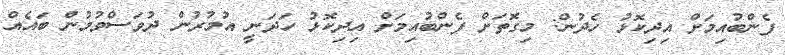
ފެންބުއިމަށް އިދިކޮޅު ހެދުން: މިގޮތަށް ފެންބުއިމަށް އިދިކޮޅު ހަދަނީ އުމުރުން ދުވަސްވުމުން ބައެއް